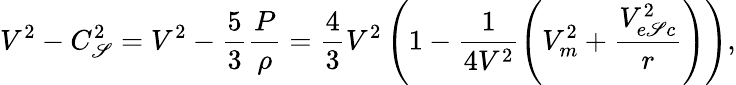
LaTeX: V^{2}-C_{\mathscr{S}}^{2}=V^{2}-\frac{{5}}{{3}}\frac{{P}}{{\rho}}=\frac{{4}}{{3}}V^{2}\left(1-\frac{{1}}{{4V^{2}}}\left(V_{m}^{2}+\frac{{V_{e\mathscr{S}c}^{2}}}{{r}}\right)\right),